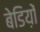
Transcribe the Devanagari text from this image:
बेडिय़ों